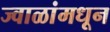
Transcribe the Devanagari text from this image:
ज्वाळांमधून